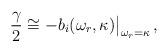
LaTeX: \begin{align*}{\gamma \over 2} \cong - b_i(\omega_r, \kappa){\big \vert}_{\omega_r=\kappa}\, ,\end{align*}